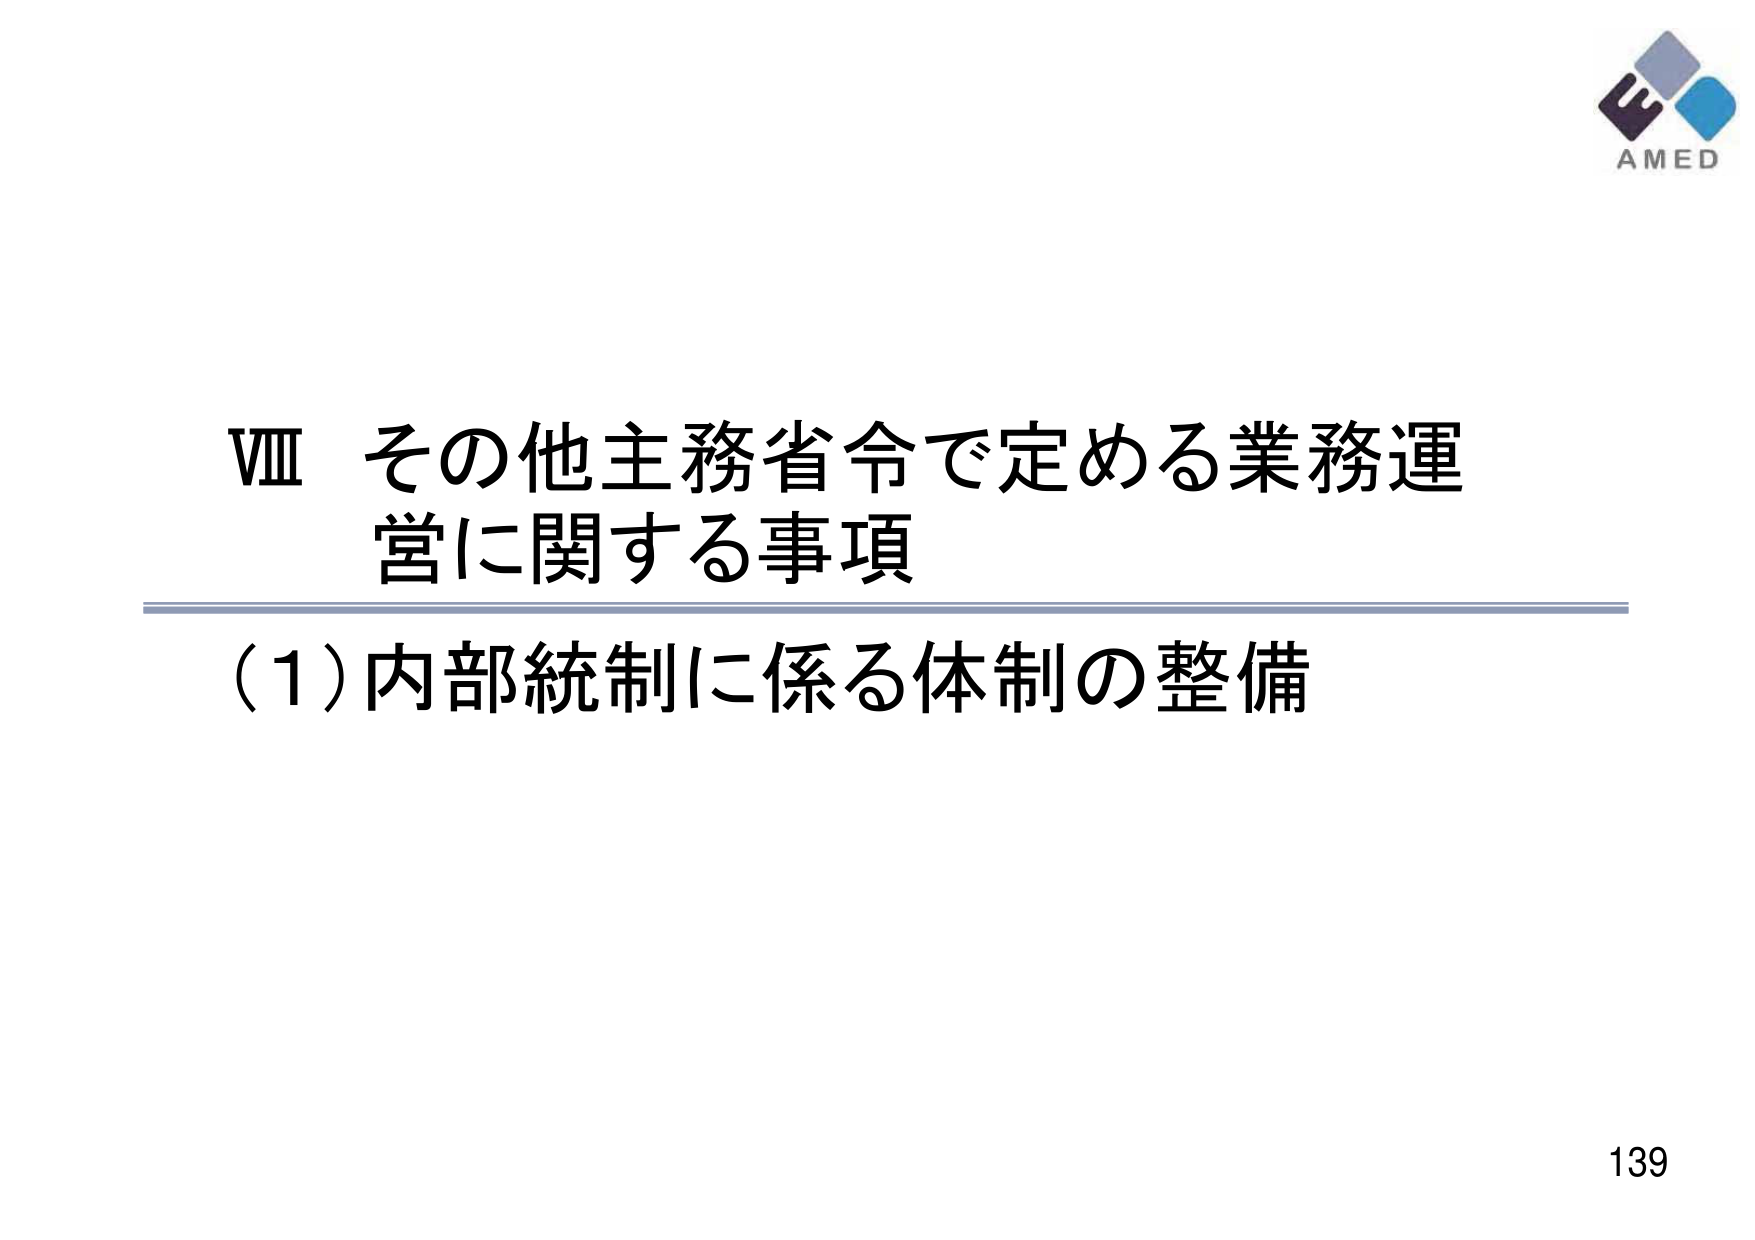
VIII その他主務省令で定める業務運営に関する事項
(1) 内部統制に係る体制の整備
AMED
139